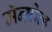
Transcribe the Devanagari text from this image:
मॅन्ग्रोव्ह